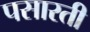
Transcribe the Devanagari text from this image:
पसारती